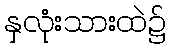
နှလုံးသားထဲ၌